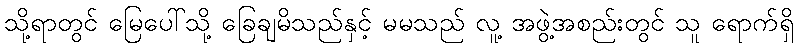
သို့ရာတွင် မြေပေါ်သို့ ခြေချမိသည်နှင့် မမသည် လူ့ အဖွဲ့အစည်းတွင် သူ ရောက်ရှိ